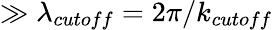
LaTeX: \gg\lambda_{cutoff}=2\pi/k_{cutoff}